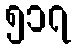
၅၁၇